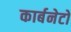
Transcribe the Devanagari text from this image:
कार्बनेटों